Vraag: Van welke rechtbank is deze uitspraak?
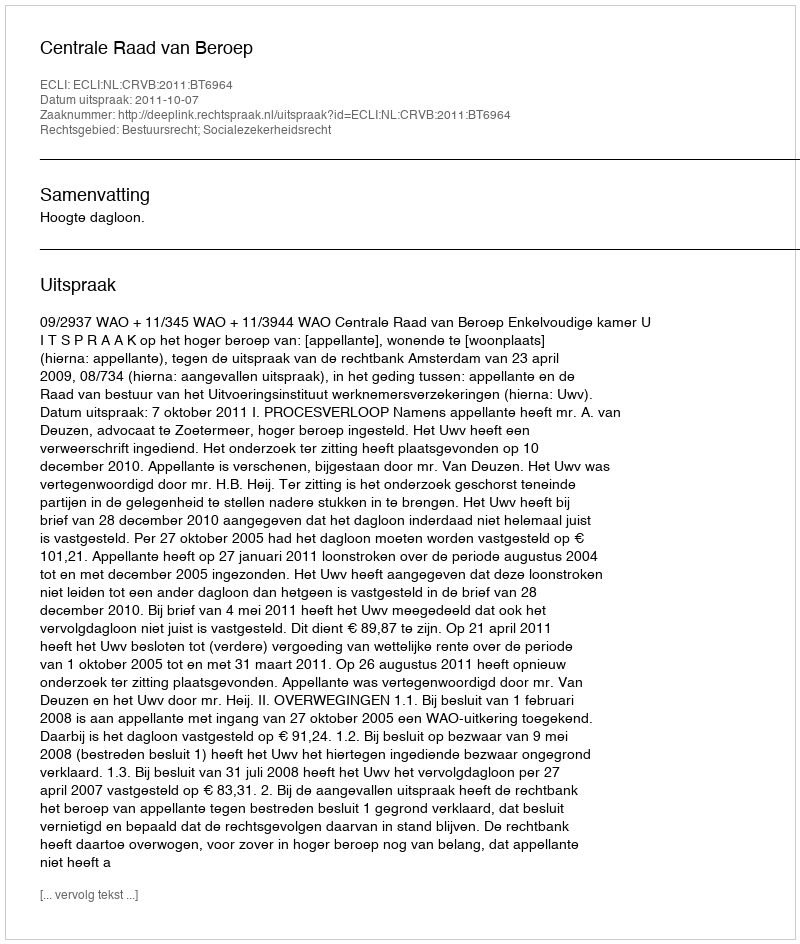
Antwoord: Centrale Raad van Beroep